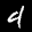
Label: 4